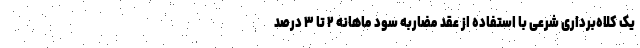
یک کلاه‌برداری شرعی با استفاده از عقد مضاربه سود ماهانه ۲ تا ۳ درصد